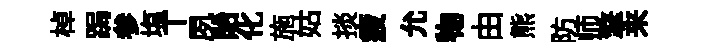
棹跼参塩丅夙貽化施姑掞疲允物由熊防师擎来